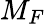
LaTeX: M_{F}